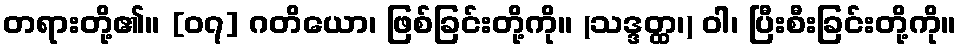
တရားတို့၏။ [၀၇] ဂတိယော၊ ဖြစ်ခြင်းတို့ကို။ (သဒ္ဒတ္ထ၊) ဝါ၊ ပြီးစီးခြင်းတို့ကို။